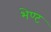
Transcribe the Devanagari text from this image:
भेण्ट